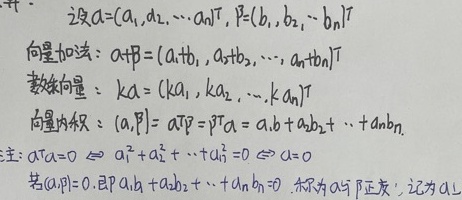
设\(\alpha=(a_{1},a_{2},\cdots,a_{n})^T\)，\(\beta=(b_{1},b_{2},\cdots,b_{n})^T\)。
向量加法：\(\alpha + \beta=(a_{1}+b_{1},a_{2}+b_{2},\cdots,a_{n}+b_{n})^T\)。
数乘向量：\(k\alpha=(ka_{1},ka_{2},\cdots,ka_{n})^T\)。
向量内积：\((\alpha,\beta)=\alpha^T\beta=\beta^T\alpha=a_{1}b_{1}+a_{2}b_{2}+\cdots +a_{n}b_{n}\)。
注：\(\alpha^T\alpha = 0\Leftrightarrow a_{1}^{2}+a_{2}^{2}+\cdots +a_{n}^{2}=0\Leftrightarrow\alpha = 0\)。
若\((\alpha,\beta)=0\)，即\(a_{1}b_{1}+a_{2}b_{2}+\cdots +a_{n}b_{n}=0\)，称为\(\alpha\)与\(\beta\)正交，记为\(\alpha\perp\beta\)。